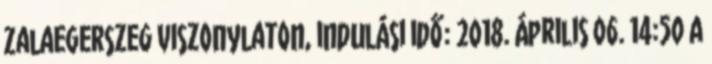
Zalaegerszeg viszonylaton, indulási idő: 2018. április 06. 14:50 A